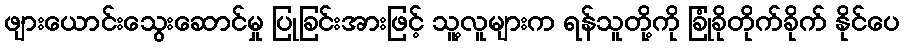
ဖျားယောင်းသွေးဆောင်မှု ပြုခြင်းအားဖြင့် သူ့လူများက ရန်သူတို့ကို ခြုံခိုတိုက်ခိုက် နိုင်ပေ